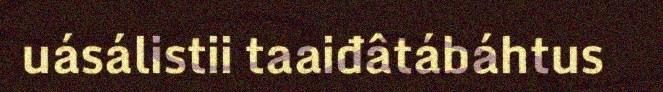
uásálistii taaiđâtábáhtus